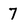
Character: 7